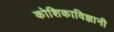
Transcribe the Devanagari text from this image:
कोशिकाविज्ञानी